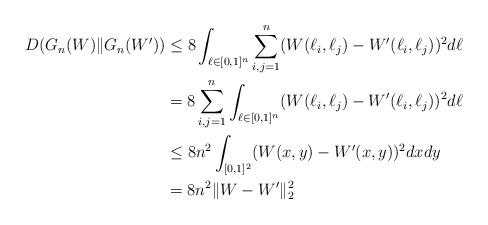
LaTeX: \begin{align*}D(G_n(W)\|G_n(W')) &\le 8\int_{\ell\in[0,1]^n}\sum_{i,j=1}^n (W({\ell_i},{\ell_j})- W'({\ell_i},{\ell_j}))^2d\ell\\&=8\sum_{i,j=1}^n \int_{\ell\in[0,1]^n} (W(\ell_i,\ell_j)- W'(\ell_i,\ell_j))^2 d\ell\\&\le 8n^2\int_{[0,1]^2} (W(x,y)- W'(x,y))^2dxdy\\&= 8n^2\|W-W'\|_2^2\end{align*}